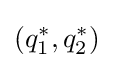
(q_{1}^{*},q_{2}^{*})